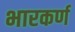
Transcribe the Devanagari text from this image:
भारकर्ण